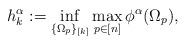
LaTeX: \begin{align*}h_k^\alpha:=\inf_{\{\Omega_p\}_{[k]}}\max_{p\in [n]}\phi^\alpha(\Omega_p),\end{align*}